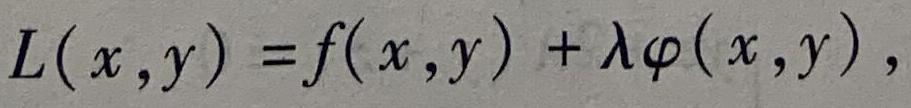
\[
L(x,y)=f(x,y)+\lambda\varphi(x,y),
\]